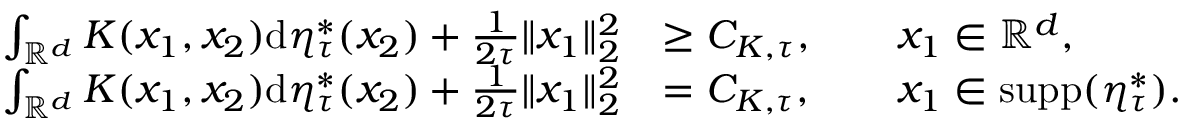
\begin{array} { r l } { \int _ { \mathbb { R } ^ { d } } K ( x _ { 1 } , x _ { 2 } ) \mathrm { d } \eta _ { \tau } ^ { * } ( x _ { 2 } ) + \frac { 1 } { 2 \tau } \| x _ { 1 } \| _ { 2 } ^ { 2 } } & { \ge C _ { K , \tau } , \qquad x _ { 1 } \in \mathbb { R } ^ { d } , } \\ { \int _ { \mathbb { R } ^ { d } } K ( x _ { 1 } , x _ { 2 } ) \mathrm { d } \eta _ { \tau } ^ { * } ( x _ { 2 } ) + \frac { 1 } { 2 \tau } \| x _ { 1 } \| _ { 2 } ^ { 2 } } & { = C _ { K , \tau } , \qquad x _ { 1 } \in \mathrm { s u p p } ( \eta _ { \tau } ^ { * } ) . } \end{array}